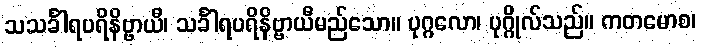
သသင်္ခါရပရိနိဗ္ဗာယီ၊ သင်္ခါရပရိနိဗ္ဗာယီမည်သော။ ပုဂ္ဂလော၊ ပုဂ္ဂိုလ်သည်။ ကတမောစ၊